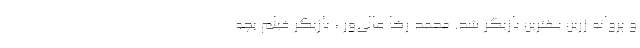
و پروانه زرین بهترین بازیگر شد. محمد رضا عالی‌ور ، بازیگر فیلم بچه